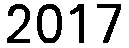
2017